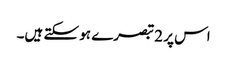
اس پر 2 تبصرے ہو سکتے ہیں۔